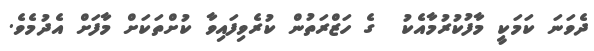
ދެވަނަ ކަމަކީ މާފުކުރުމާއެކު  ގެ ހަޒްރަތުން ކުރެވިފައިވާ ކުށްތަކަށް މާފަށް އެދުމެވެ.